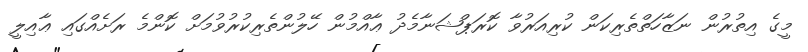
މީގެ އިތުރުން ނަޒާހަތްތެރިކަން ކުރިއަރުވާ ކޮރަޕްޝަނާމެދު ޢާއްމުން ހޭލުންތެރިކުރުވުމަށް ކޮންމެ ރަށެއްގައި ޢާއިލީ